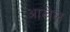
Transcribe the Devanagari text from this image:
आखेल